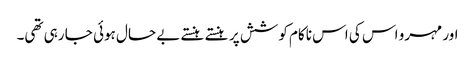
اور مہرو اس کی اس ناکام کوشش پر ہنستے ہنستے بے حال ہوئی جا رہی تھی۔